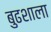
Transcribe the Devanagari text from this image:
बुढशाला